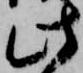
此